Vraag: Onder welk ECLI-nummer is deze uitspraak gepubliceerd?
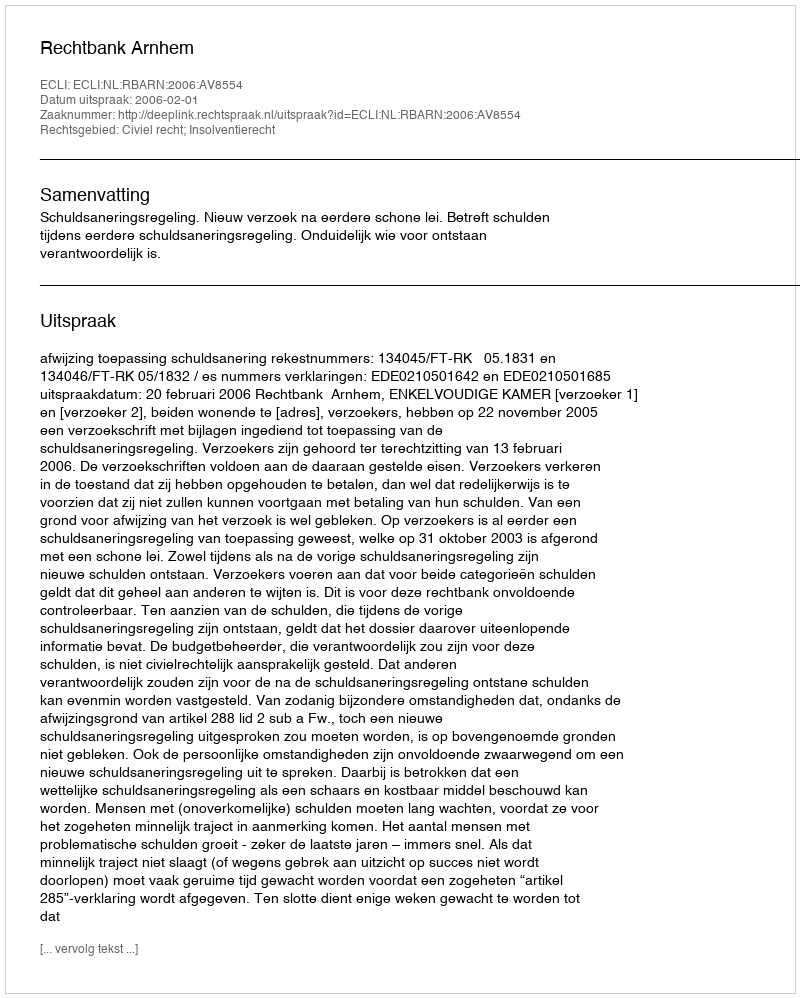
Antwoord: ECLI:NL:RBARN:2006:AV8554